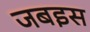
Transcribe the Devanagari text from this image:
जबइस